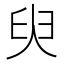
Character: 臾